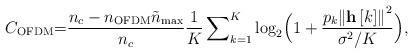
LaTeX: \begin{align*}{C_{{\rm{OFDM}}}}{\rm =} \frac{{{n_c} - {n_{{\rm{OFDM}}}}{{\tilde n}_{\max }}}}{{{n_c}}}\frac{1}{K}\sum\nolimits_{k = 1}^K {{{\log }_2}\Big( {1 + \frac{{{p_k}{{\left\| {{\bf{h}}\left[ k \right]} \right\|}^2}}}{{\sigma ^2}/K}} \Big)},\end{align*}